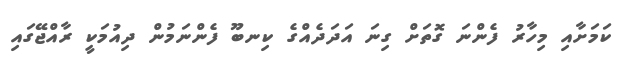
ކަމަށާއި މިހާރު ފެންނަ ގޮތަށް ގިނަ އަދަދެއްގެ ކިނބޫ ފެންނަމުން ދިއުމަކީ ރާއްޖޭގައި